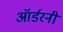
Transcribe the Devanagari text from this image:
ऑर्डरनी